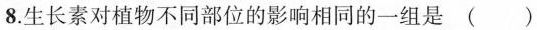
8.生长素对植物不同部位的影响相同的一组是()